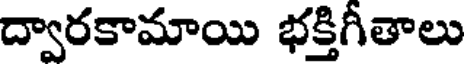
ద్వారకామాయి భక్తిగీతాలు